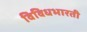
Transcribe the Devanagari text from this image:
विविधभारती